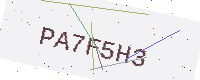
Text: PA7F5H3